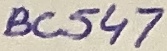
Text: BC547